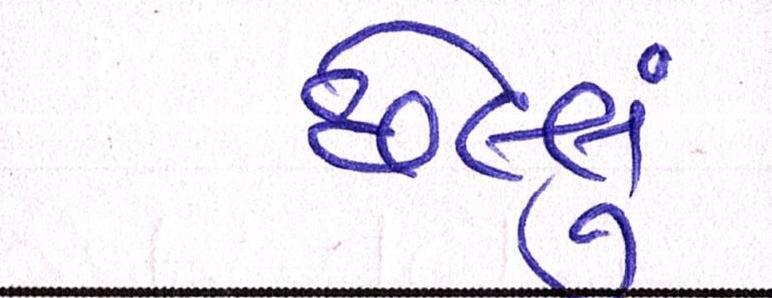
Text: છેલ્લું